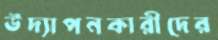
উদ্যাপনকারীদের